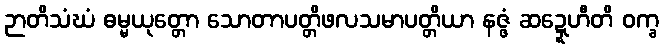
ဉာတိသံဃံ ဓမ္မယုတ္တော သောတာပတ္တိဖလသမာပတ္တိယာ နဇ္ဇံ ဆဍ္ဍေဟီတိ ဝက္ခ